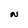
Character: N